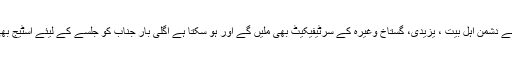
لوگوں کی طرف سے دشمنِ اہل بیت ، یزیدی، گستاخ وغیرہ کے سرٹیفیکیٹ بھی ملیں گے اور ہو سکتا ہے اگلی بار جناب کو جلسے کے لیئے اسٹیج بھی میسّر نہ آ سکے۔